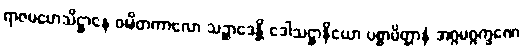
ရာဇမဟေသိဋ္ဌာနေ ဝဍ္ဎိတကာလော သဉ္ဆာဒေန္တိ ဒေါသဋ္ဌာနိယော ပစ္စာမိတ္တာနံ အဂ္ဂမဂ္ဂက္ခဏေ